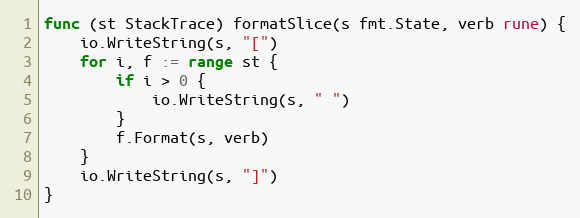
Language: Go
func (st StackTrace) formatSlice(s fmt.State, verb rune) {
	io.WriteString(s, "[")
	for i, f := range st {
		if i > 0 {
			io.WriteString(s, " ")
		}
		f.Format(s, verb)
	}
	io.WriteString(s, "]")
}